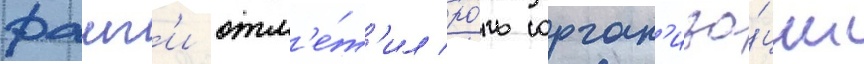
фаиг'и отм'е́т'ил ро́ль орган'иза́ции